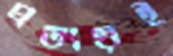
প্রত্যয়ই